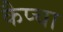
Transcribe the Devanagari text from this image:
कैप्चा